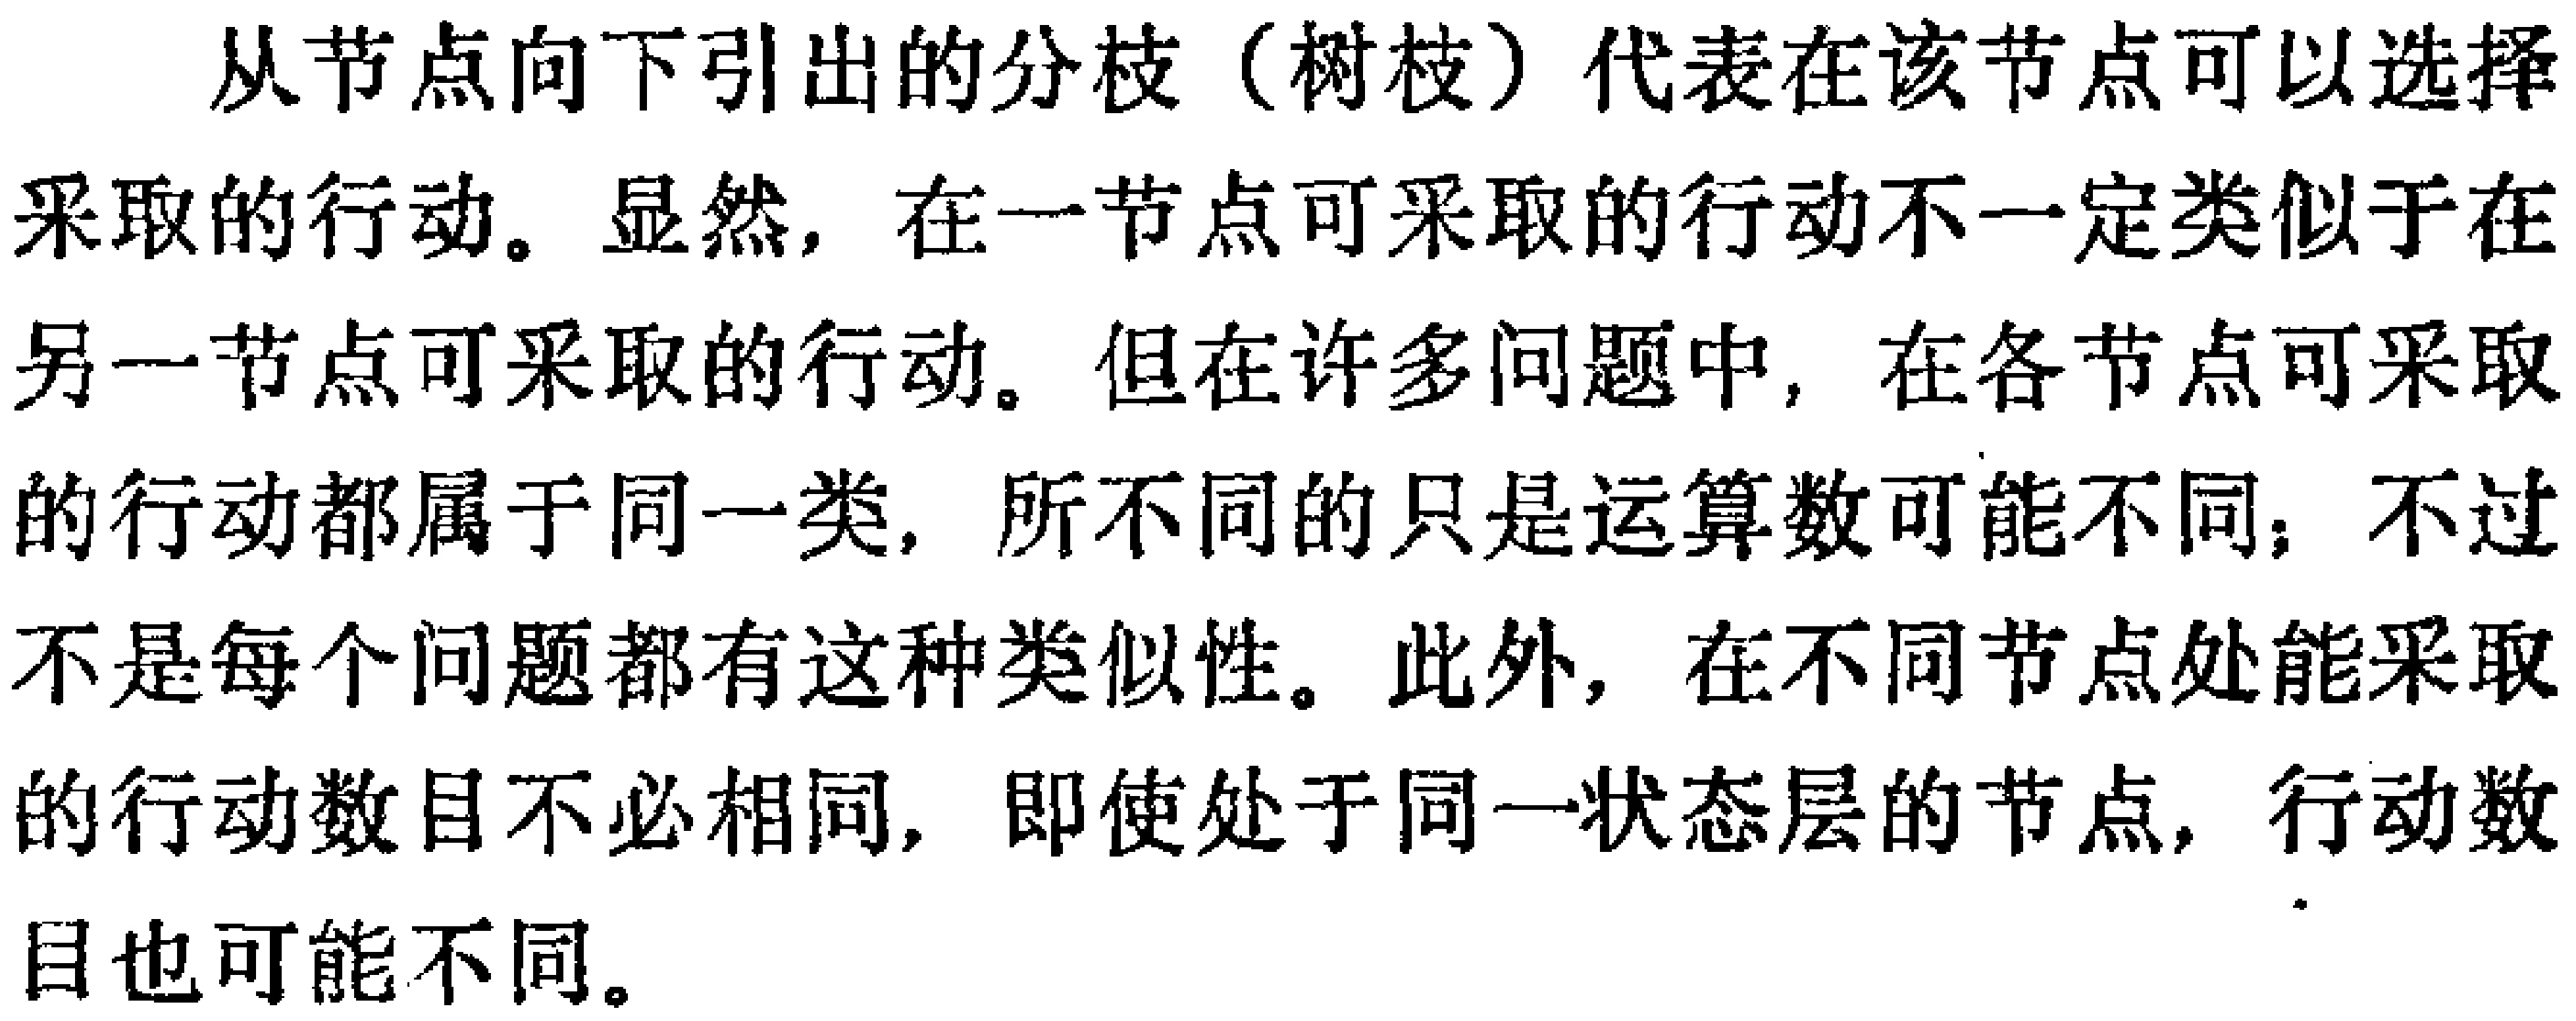
从节点向下引出的分枝（树枝）代表在该节点可以选择采取的行动。显然，在一节点可采取的行动不一定类似于在另一节点可采取的行动。但在许多问题中，在各节点可采取的行动都属于同一类，所不同的只是运算数可能不同；不过不是每个问题都有这种类似性。此外，在不同节点处能采取的行动数目不必相同，即使处于同一状态层的节点，行动数目也可能不同。